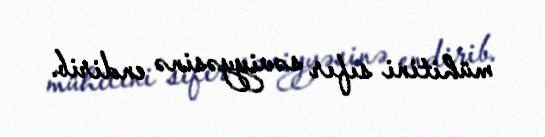
mühitini sıfır səviyyəsinə endirib.